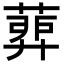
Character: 𦹉